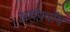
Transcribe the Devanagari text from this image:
अर्थपर्याय